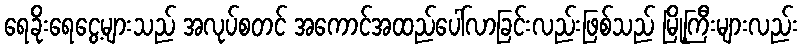
ရေခိုးရေငွေ့များသည် အလုပ်စတင် အကောင်အထည်ပေါ်လာခြင်းလည်းဖြစ်သည် မြို့ကြီးများလည်း